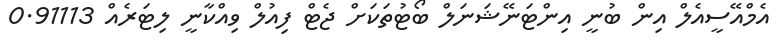
އެމްއޭސީއެލް އިން ބުނީ އިންޓަނޭޝަނަލް ބޯޓުތަކަށް ޖެޓް ފިއުލް ވިއްކާނީ ލިޓަރެއް 0.91113